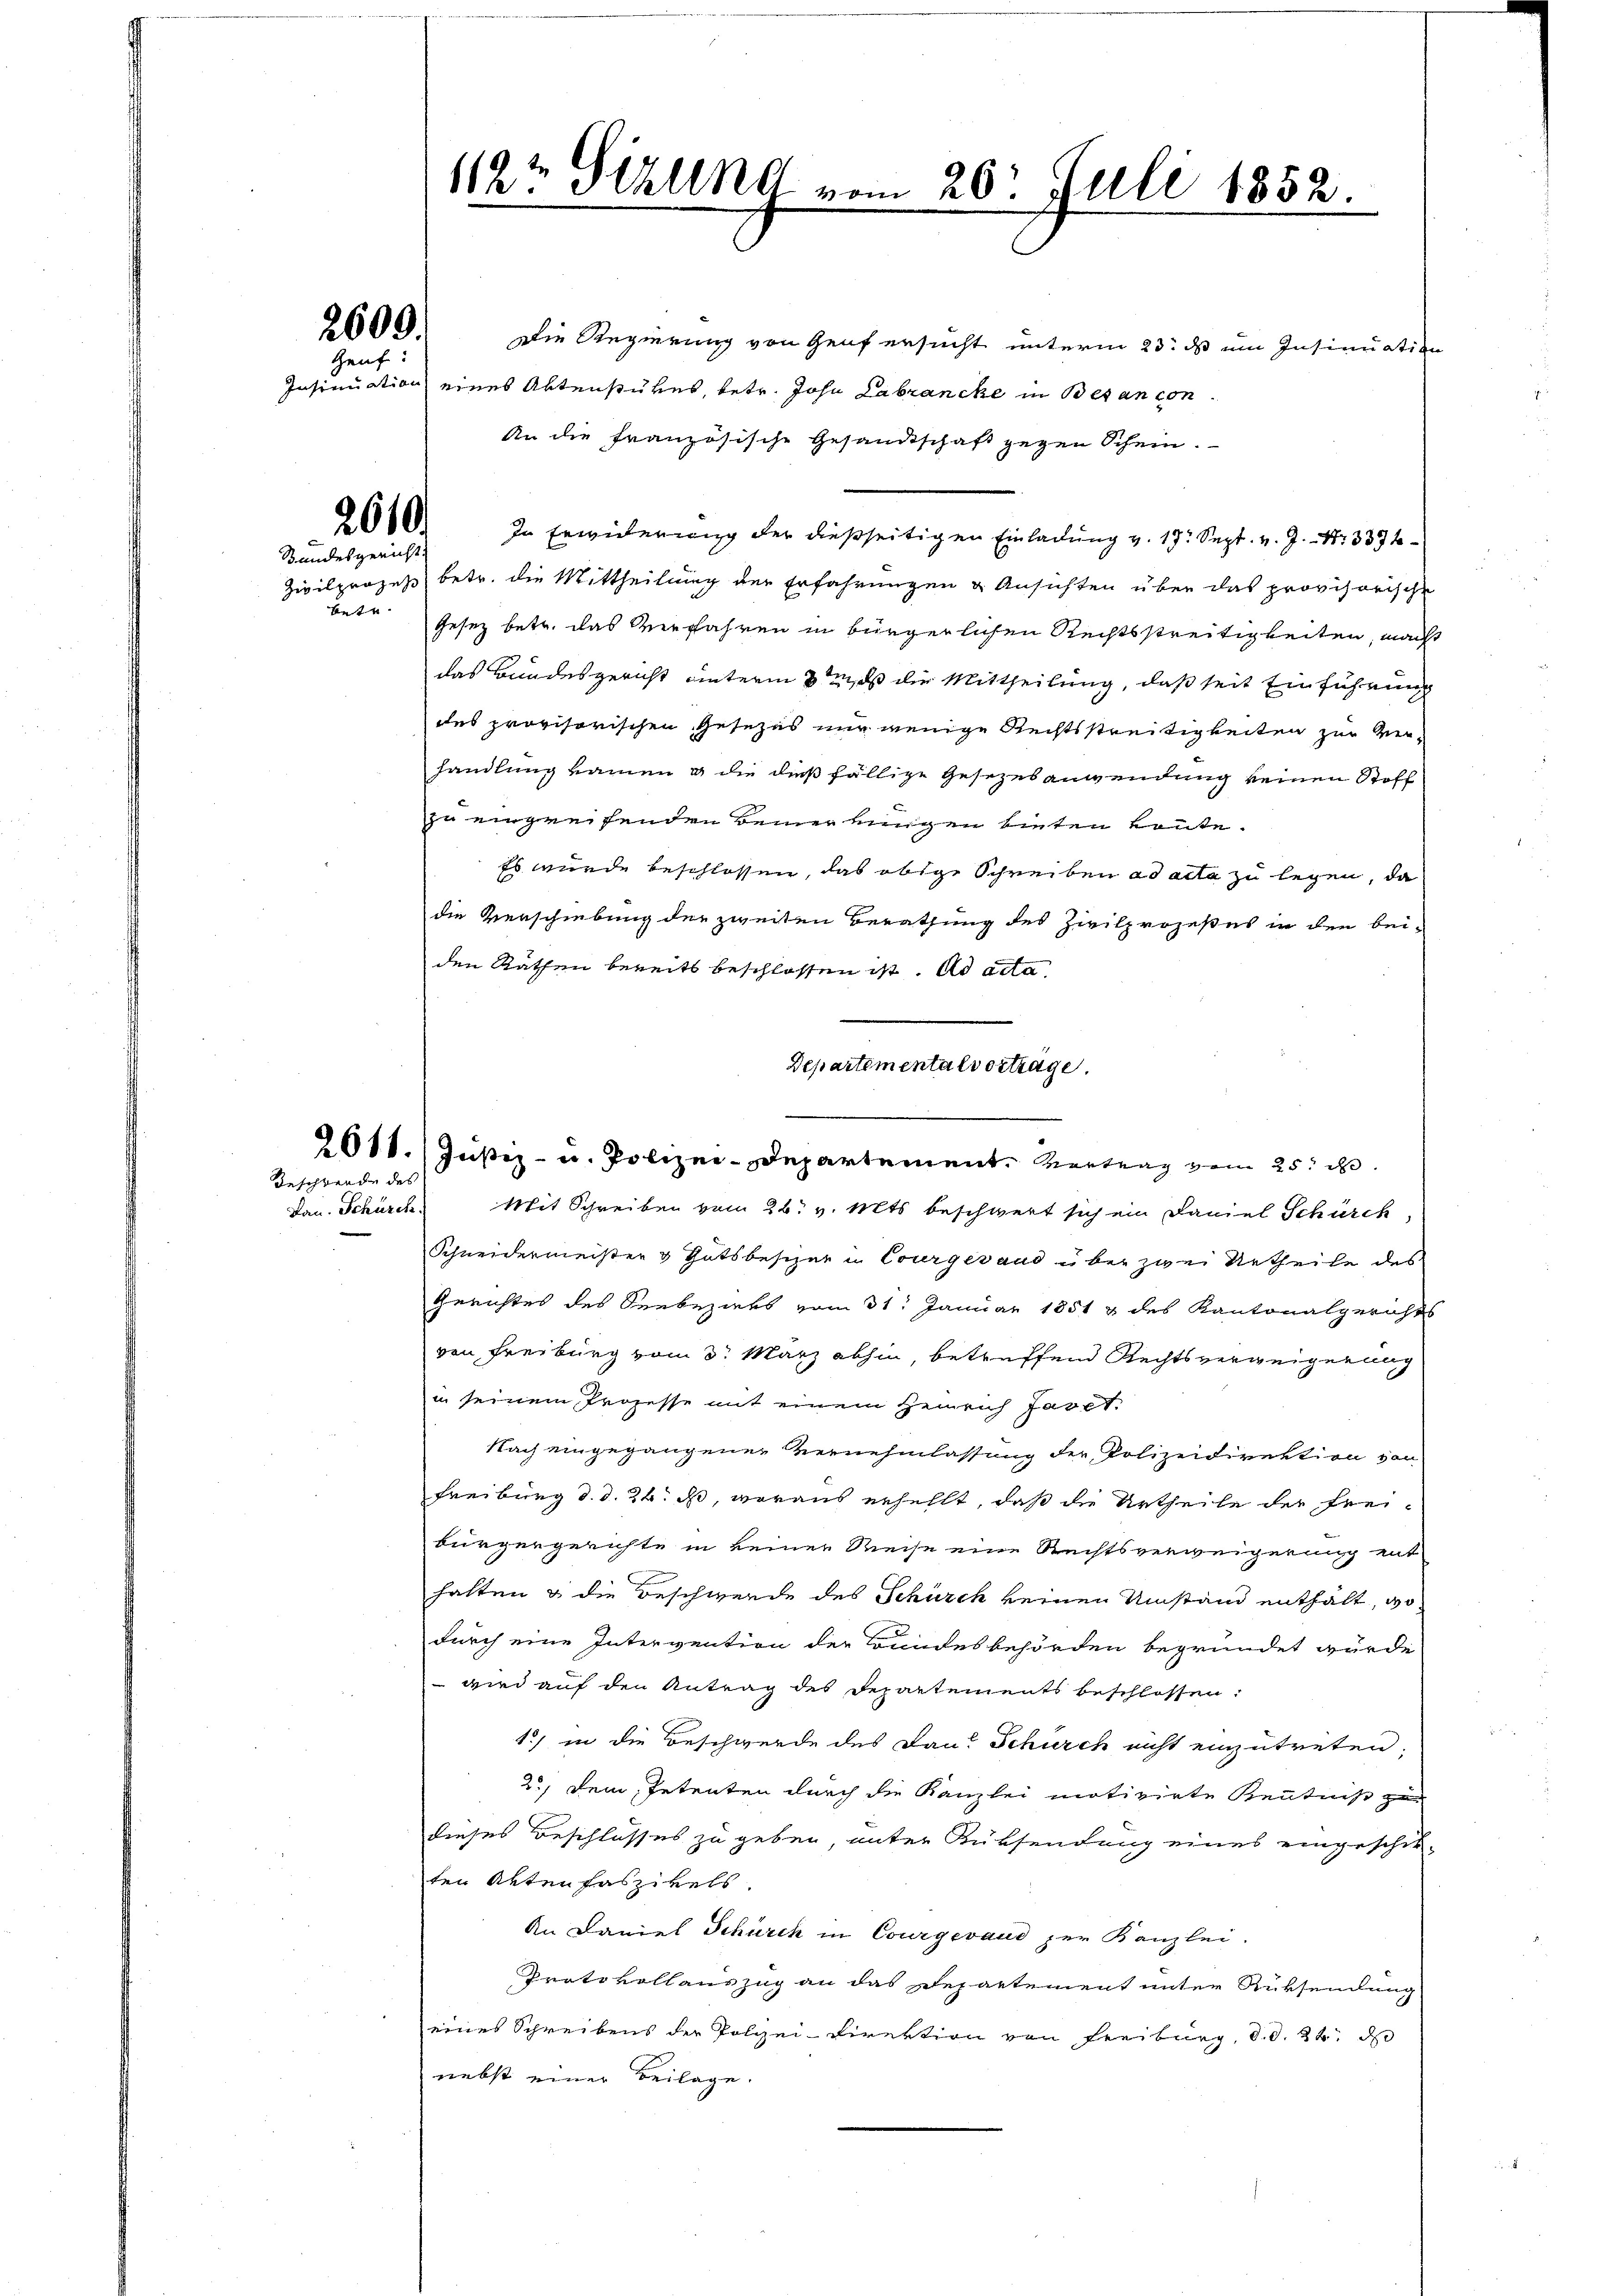
2609.

Genf:

2610.
Standesgericht.

betr.

Beschwende des

112t Sizung vom 26. Juli 1852.

Die Regierung von Genf ersucht unterm 23. ds um Insinuation
Insinuation eines Aktenstükes, betr. Joha Labrancke in Besan con
An die französische Gesandtschaft gegen Schein.
In Erwiderung der dießseitigen Einladung v. 17. Sept. v. J. Nr. 337
Zivilprozeß betr. die Mittheilung der Erfahrungen & Ansichten über das provisorische
Gesez betr. das Verfahren in bürgerlichen Rechtsstreitigkeiten, macht
das Bundesgericht unterm 3tens die Mittheilung, daß seit Einführung
des provisorischen Gesezes nur wenige Rechtsstreitigkeiten zur Ver-
handlung kamen g die dießfällige Gesezesanwendung keinen Stoff
zu eingreifenden Bemer eingen bieten könte.
Es wurde beschlossen, das obige Schreiben ad acta zu legen, da
die Verschiebung der zweiten Berathung des Zivilprozeßes in der bei-
den Rathen bereits beschlossen ist. ad acta
Dan. Schürch. Mit Schreiben vom 26. v. Mts. beschwert sich ein Daniel Schürch
Schneidermeister & Gutsbesizer in Courgesand über zwei Urtheile des
Gerichtes des Seebezirks vom 31. Januar 1851 & des Kantonalgerichts
von Freiburg vom 8. März abhin, betreffend Rechtsverweigerung
in seinem Prozesse mit einem Henrich Javet.
Nach eingegangener Vernehmlassung der Polizeidirektion von
Freiburg d. d. 24. ds, woraus erhellt, daß die Urtheile der Frei-
bürgergerichte in keiner Reise eine Rechtsverweigerung ent
hatten & die Beschwerde des Schürch keinen Umstand enthält, wodurch eine Intervention der Bundesbehörden begründet wurde
wird auf den Antrag des Departements beschlossen:
1) in die Beschwerde des Dan. Schurch nicht einzutreten,
2., Dein Petenten durch die Kanzlei motivirte Kenntniß zu
dieses Beschlosses zu geben, unter Rüksendung eines eingeschik-
ten Aktenfaszikels.
An Daniel Schürch in Courgeraus zur Kanzlei.
Protokollauszug an das Departement unter Rücksendung
eines Schreibens der Polizei-Direktion von Freiburg, d. d. 24. ds
nebst einer Beilage.

Departementalvorträge.
2011. Justiz- u. Polizei-Departement. Vertrag vom 25. d.